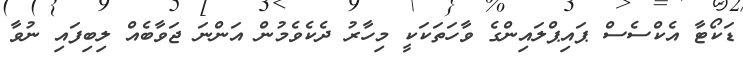
ޑަކޯޓާ އެކްސެސް ޕައިޕްލައިންގެ ވާހަތަކަކީ މިހާރު ދެކެވެމުން އަންނަ ޖަވާބެއް ލިބިފައި ނުވާ